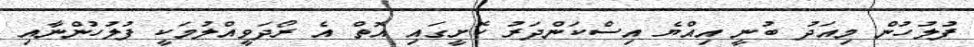
ފުލުހުން މިއަދު ބުނީ އިއްޔެ އިސްކަންދަރު ކޮށީގައި އޮތް އެ ރޯދަވީއްލުމަކީ ފުލުހުންނާއި